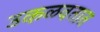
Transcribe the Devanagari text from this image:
उकळवतात